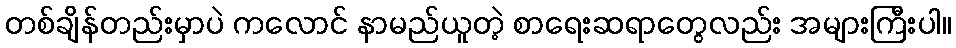
တစ်ချိန်တည်းမှာပဲ ကလောင် နာမည်ယူတဲ့ စာရေးဆရာတွေလည်း အများကြီးပါ။